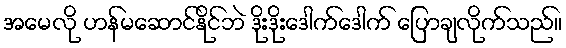
အမေလို ဟန်မဆောင်နိုင်ဘဲ ဒိုးဒိုးဒေါက်ဒေါက် ပြောချလိုက်သည်။